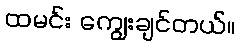
ထမင်း ကျွေးချင်တယ်။